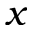
x